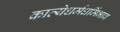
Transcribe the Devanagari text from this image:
काव्येधर्मधर्मिभाव